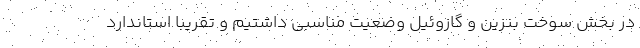
در بخش سوخت بنزین و گازوئیل وضعیت مناسبی داشتیم و تقریباً استاندارد